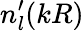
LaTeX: n_{l}^{\prime}(kR)